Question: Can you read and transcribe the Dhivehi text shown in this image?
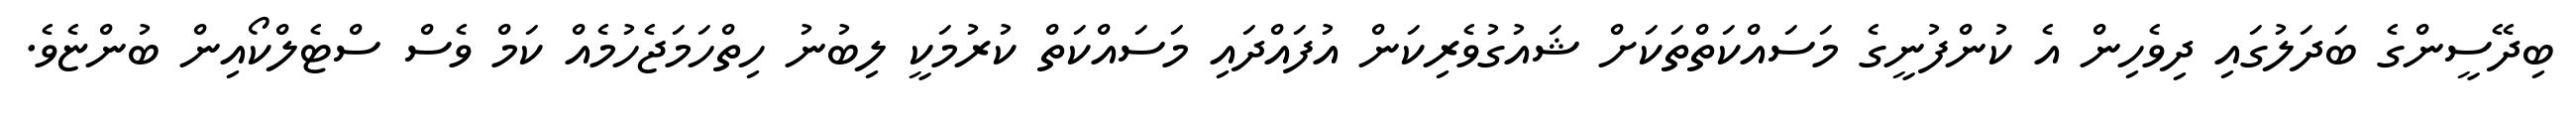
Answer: ބިދޭސީންގެ ބަދަލުގައި ދިވެހިން އެ ކުންފުނީގެ މަސައްކަތްތަކަށް ޝައުގުވެރިކަން އުފައްދައި މަސައްކަތް ކުރުމަކީ ލިބުނު ހިތްހަމަޖެހުމެއް ކަމް ވެސް ސްޓެލްކޯއިން ބުންޏެވެ.